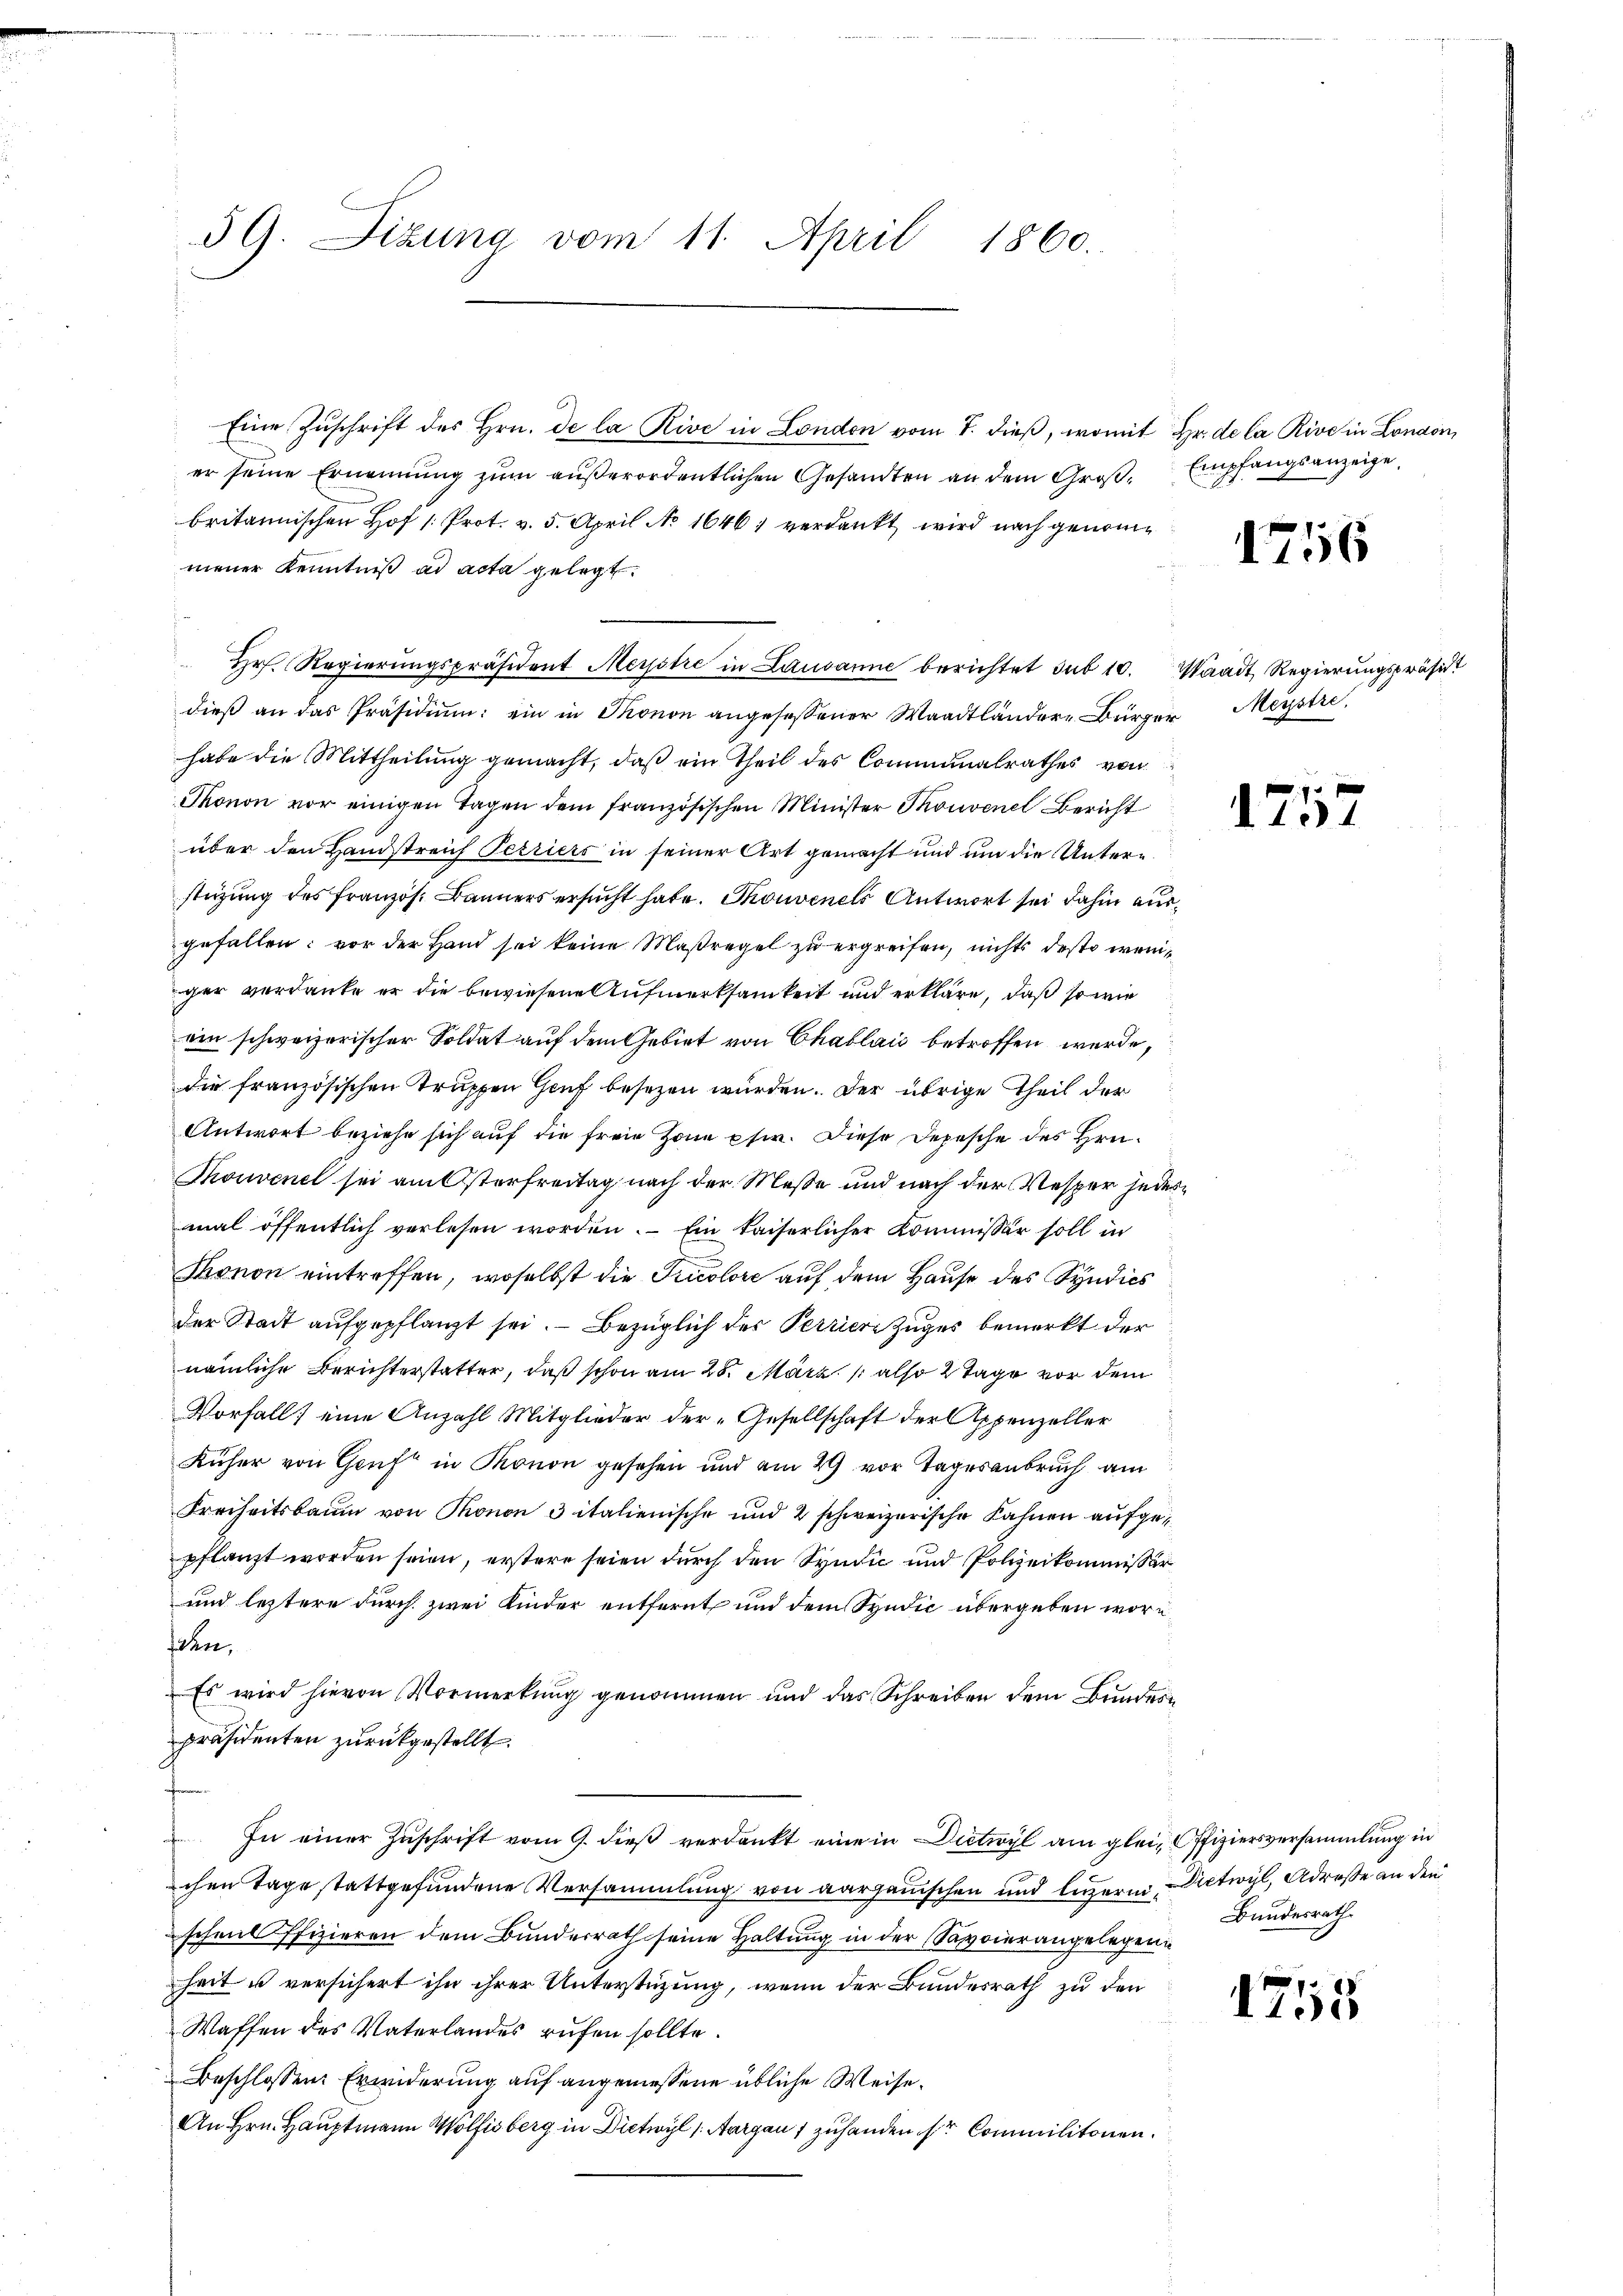
59. Sizung vom 11. April 1860.

Eine Zŭschrift des Hrn. de la Rive in London vom 7. dieß, womit Hr. de la Rive in London,
er seine Ernennung zum außerordentlichen Gesandten an dem Groβ, Empfangsanzeige
britannischen Hof /: Prot. v. 5. April No 1646) verdankt, wird nach genommener Kenntniß ad acta gelegt.
Hr. Regierŭngspräsident Meystre in Lausanne berichtet sub 10. Waadt Regierŭngspräsidt
dieß an das Präsidium: ein in Thonon angesessener Waadtländere Bürger Meystre
habe die Mittheilung gemacht, daß ein Theil des Communalrathes von
Thonon vor einigen Tagen dem französischen Minister Thonvenel Bericht
über den Handstreich Terriers in seiner Art gemacht und um die Unterstüzung des französ. Banners ersucht habe. Gouvenels Antwort sei dahin ausgefallen: vor der Hand sei keine Maßregel zu ergreifen, nichts desto weniger verdanke er die bewiesene Aufmerksamkeit und erkläre, daß so wie
ein schweizerischer Soldat auf dem Gebiet von Chablaić betroffen werde,
die französischen Truppen Genf besezen wurden. Der übrige Theil der
Antwort beziehe sich auf die freie Hone phir. Diese Depesche des Hrn¬
Thouvenel sei am Osterfreitag nach der Messe und nach der Wesper jedesmal öffentlich verlesen worden. Ein kaiserlicher Kommissär soll in
Thonon eintreffen, woselbst die Tricolore auf dem Hause des Syndics
der Stadt aufgepflanzt sei. Bezüglich des Perriere Zuges bemerkt der
nämliche Berichterstatter, daß schon am 28. März 1 also 2 Tage vor dem
Vorfall eine Anzahl Mitglieder der „Gesellschaft der Appenzeller
Rüher von Gruft in Ronon gesehen und am 29 vor Tagesanbruch am
Freiheitsbaum von Thonon 3 italienische und 2 schweizerische Kahnen aufgepflanzt worden seien, erstere seien durch den Syndić und Polizeikommissär
und leztere durch zwei Kinder entfernt und dem Syndić übergeben worfen,
Es wird hievon Vormerkung genommen und das Schreiben dem Bundern
präsidenten zurückgestellt.
In einer Zuschrift vom 9. dieß verdankt eine in Dietwyl am glei- Offiziersversammlung in
chen Tage stattgefundene Versammlung von aargauischen und Luzern Dietwyl, Adresse an den
scheil ffizieren dem Bunderrath seine Haltung in der Savoierangelegen
heit u versichert ihn ihrer Unterstüzung, wenn der Bundesrath zu den
Waffen des Vaterlandes rufen sollte.
Beschlossen Erwiderung auf angemessene übliche Weise.
An Hrn. Hauptmann Wölfisberg in Dietwyl (Aargau 1 zuhanden sr Commilitonen.

1756

1757

Bundesrath.

1755